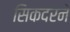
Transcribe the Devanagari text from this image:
सिकदरने